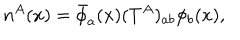
n ^ { A } ( x ) = \bar { \phi } _ { a } ( x ) ( T ^ { A } ) _ { a b } \phi _ { b } ( x ) ,